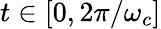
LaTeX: t\in[0,2\pi/\omega_{c}]